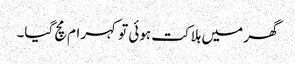
گھر میں ہلاکت ہوئی تو کہرام مچ گیا۔